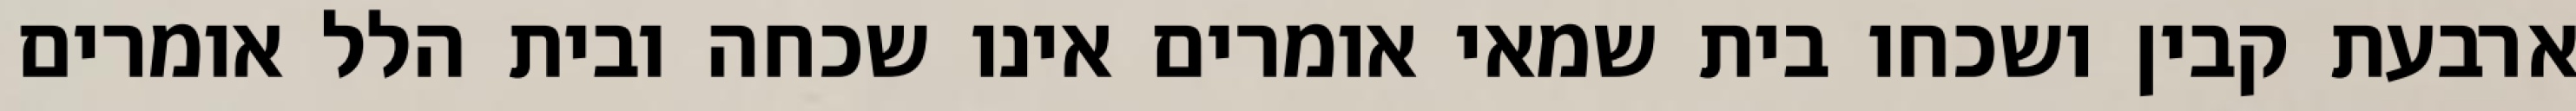
ארבעת קבין ושכחו בית שמאי אומרים אינו שכחה ובית הלל אומרים